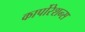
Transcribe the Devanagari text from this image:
कार्पोरेशन्स